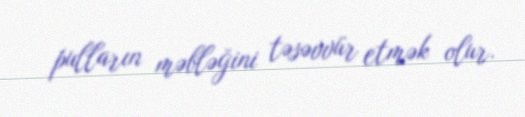
pulların məbləğini təsəvvür etmək olur.